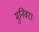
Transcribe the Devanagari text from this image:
मुनिवराः